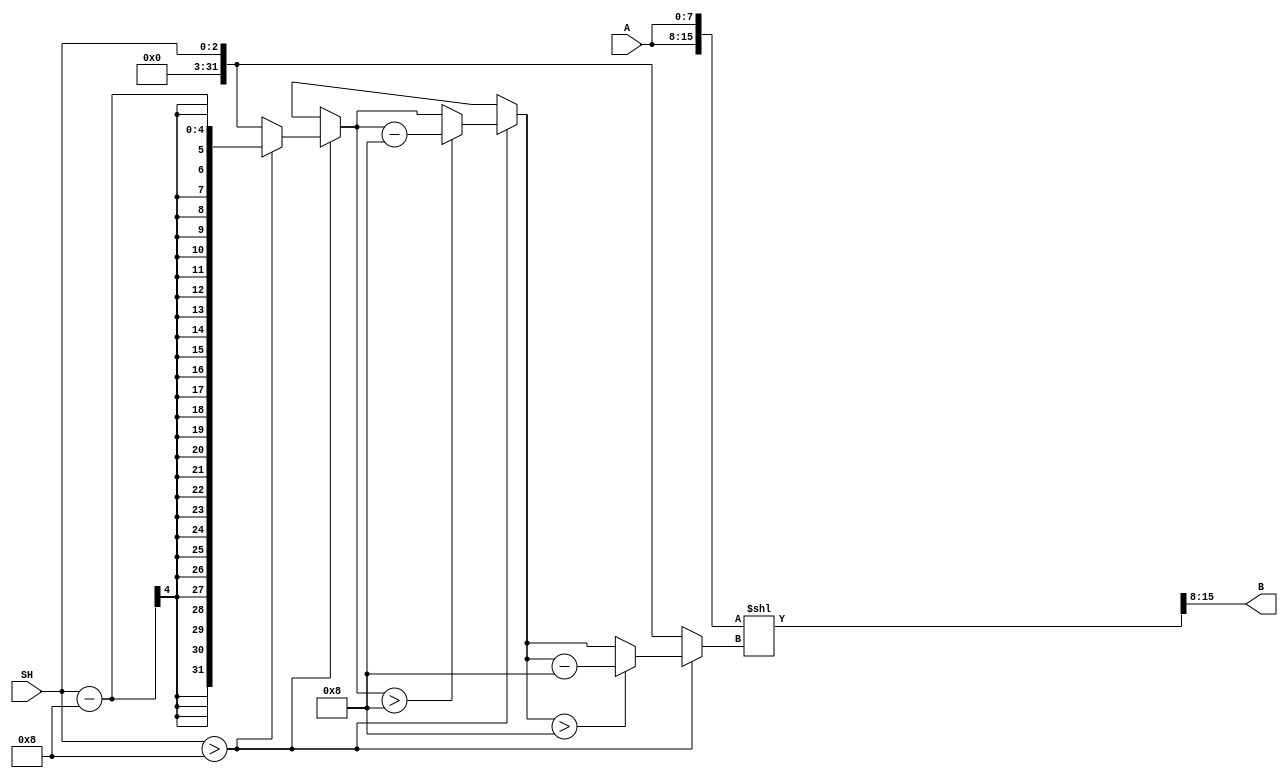


//--------------------------------------------------------------------------------------------------
//
// Title       : DW01_bsh
// Design      : Barrel Shifter

// 
//-------------------------------------------------------------------------------------------------
//
// Description : A parameterized Barrel Shifter is implemented using funnel shifter technique.
//
//-------------------------------------------------------------------------------------------------

module DW01_bsh (A, SH, B)/* synthesis syn_builtin_du = "weak" */;
	parameter A_width	= 8;	//parameter for specifying the input A width
	parameter SH_width = 3;  //parameter for specifying the input SH width
	
	input	[A_width-1:0]	A;
	input	[SH_width-1:0]	SH;
	
	output	[A_width-1:0]	B;
	
	//internal decleration
	reg		[A_width + A_width - 1 : 0]	A_reg;

	wire [(A_width - 1):0] B;

	integer SH2,j;
	
	//Check whether the Shift value(SH) > A_width. If so, successively subtract A_width
	//from SH. 
    always @( SH )
	begin : main
		if (SH > A_width)
			  begin 
				SH2 = SH;
				// synthesis loop_limit 2000  
				for (j = 0;j < SH_width; j = j + 1)
					    if (SH2 > A_width)
						      SH2 = SH2 - A_width;
		   	  end	
		    
		else
		    SH2 = SH;
	end	

	//First concatenate input data and then shift.
	always@(A or SH2)
	begin
	   	A_reg = {A,A}; 
		A_reg = A_reg << SH2;
	end									
	
    //Output assignment : select the top word of concatenated register.
	assign B = A_reg[A_width + A_width - 1 : A_width];
	
endmodule